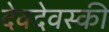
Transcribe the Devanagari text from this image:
देवदेवस्की